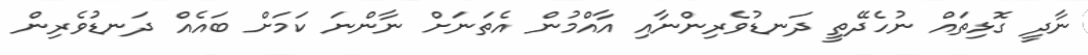
ނާދީ ގޮޅިތައް ނުހެދޭތީ ދަނޑުވެރިންނާއި އާއްމުން އެތަނަށް ނާންނަ ކަމަށް ބައެއް ދަނޑުވެރިން